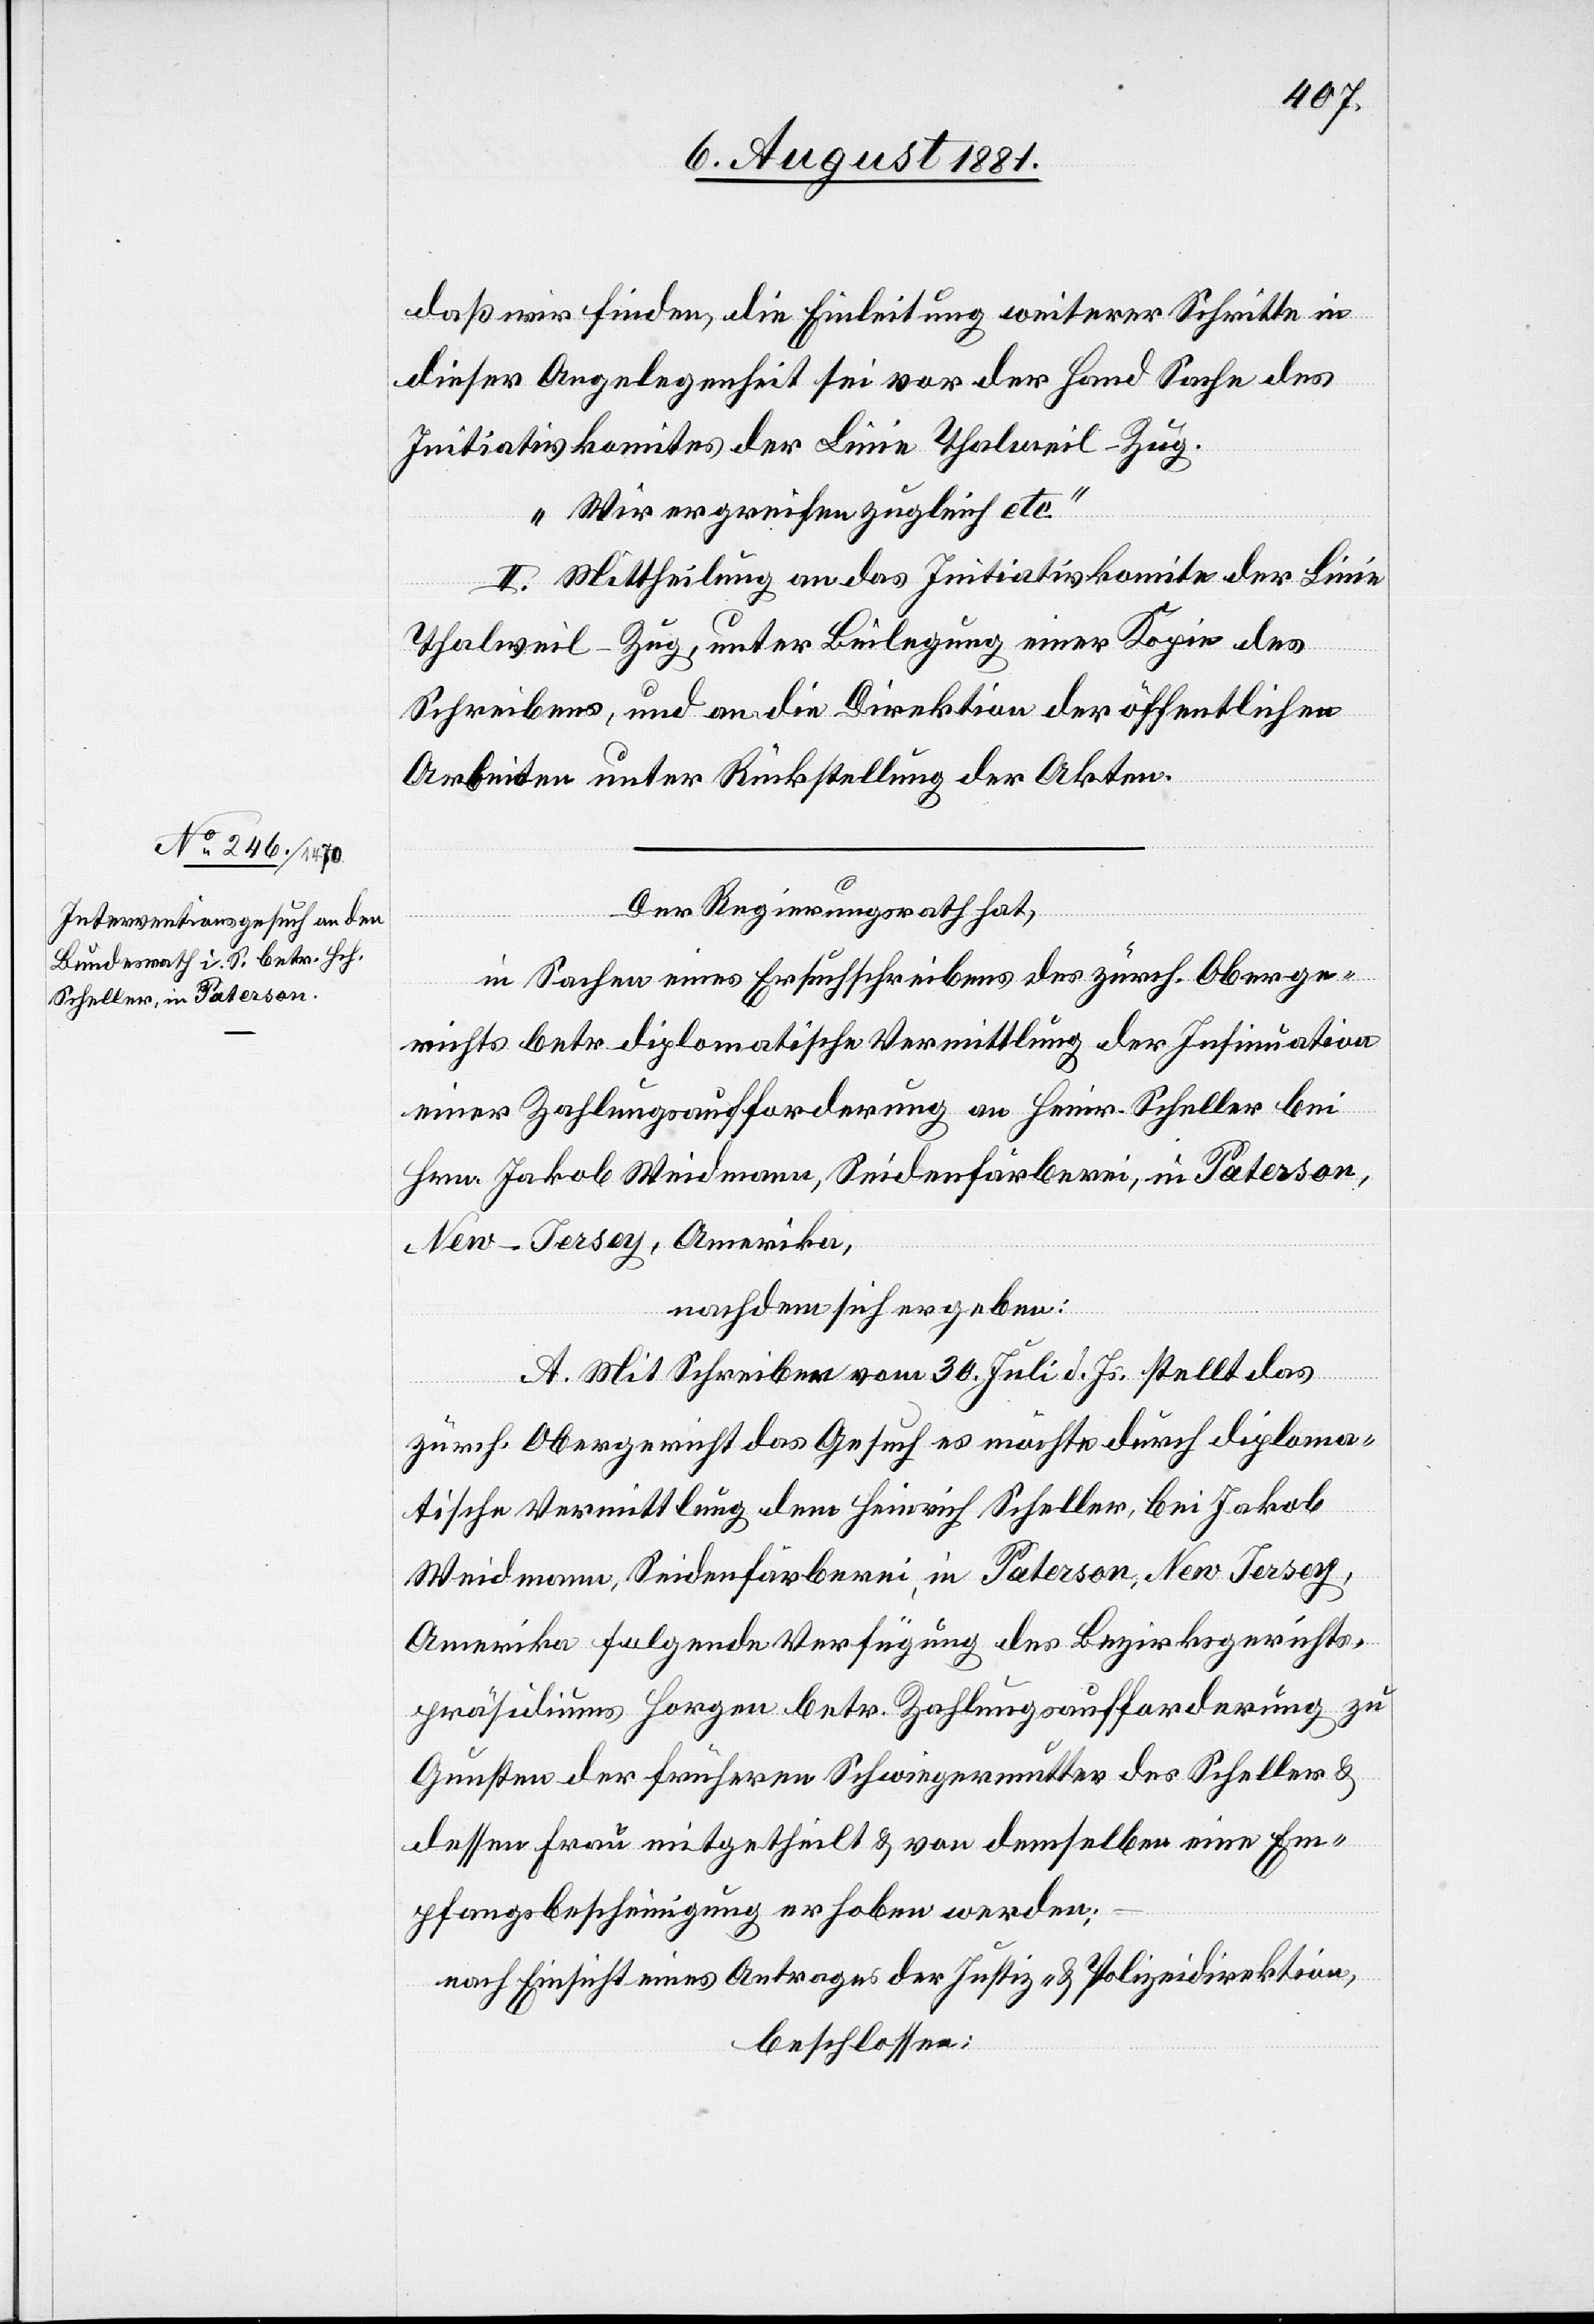
Der Regierungsrath hat,
in Sachen eines Ersuchschreibens des zürch. Oberge¬
richts betr. diplomatische Vermittlung der Insinuations
einer Zahlungsaufforderung an Heinr. Scheller bei
Hrn. Jakob Weidmann, Seidenfärberei, in Paterson,
New-Jersey, Amerika,
nachdem sich ergeben:
A. Mit Schreiben vom 30. Juli d. Js. stellt das
zürch. Obergericht das Gesuch es möchte durch diploma¬
tische Vermittlung dem Heinrich Scheller, bei Jakob
Weidmann, Seidenfärberei, in Paterson, New Jersey,
Amerika folgende Verfügung des Bezirksgerichts¬
präsidium Horgen betr. Zahlungsaufforderung zu
Gunsten der früheren Schwiegermutter des Scheller &
dessen Frau mitgetheilt & von demselben eine Em¬
pfangsbescheinigung erhoben werden;–
nach Einsicht eines Antrages der Justiz- & Polizeidirektion,
beschlossen: